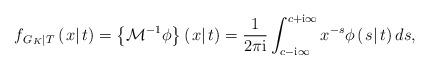
LaTeX: \begin{align*}{f_{\left. G_K \right|T}}\left( {\left. x \right|t} \right) = \left\{ {{\mathcal M^{ - 1}}\phi } \right\}\left( \left. x \right| t\right) = \frac{1}{{2\pi \rm i}}\int\nolimits_{c - {\rm i}\infty }^{c + {\rm i}\infty } {{x^{ - s}}} \phi \left( {\left. s \right|t} \right)ds,\end{align*}